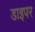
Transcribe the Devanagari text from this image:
डाइपर